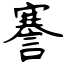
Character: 謇